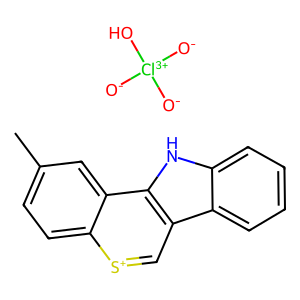
SMILES: Cc1ccc2[s+]cc3c4ccccc4[nH]c3c2c1.[O-][Cl+3]([O-])([O-])O
Inhibits HIV replication: No